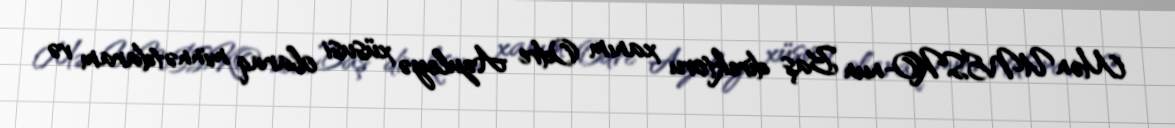
Mən UNESKO-nun Baş direktoru xanım Odre Azuleyə xüsusi olaraq minnətdaram və